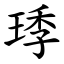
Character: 㻑